Vaccination North-Western Provinces and Oudh 1878-1895 - 1878-1895
Year: 1878
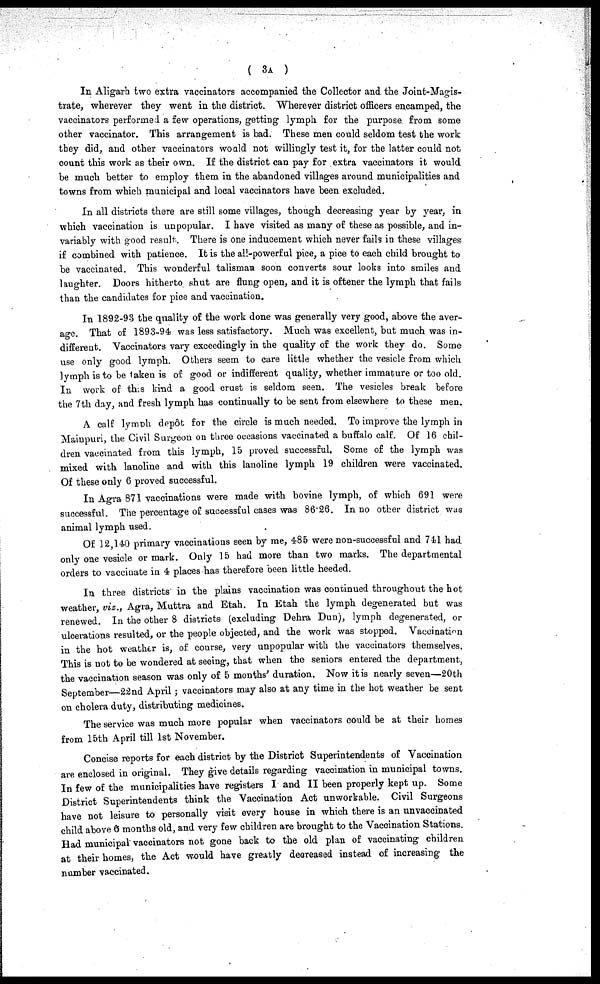
( 3A )
In Aligarh two extra vaccinators accompanied the Collector and the Joint-Magis-
trate, wherever they went in the district. Wherever district officers encamped, the
vaccinators performed a few operations, getting lymph for the purpose from some
other vaccinator. This arrangement is bad. These men could seldom test the work
they did, and other vaccinators would not willingly test it, for the latter could not
count this work as their own. If the district can pay for extra vaccinators it would
be much better to employ them in the abandoned villages around municipalities and
towns from which municipal and local vaccinators have been excluded.
In all districts there are still some villages, though decreasing year by year, in
which vaccination is unpopular. I have visited as many of these as possible, and in-
variably with good result. There is one inducement which never fails in these villages
if combined with patience. It is the all-powerful pice, a pice to each child brought to
be vaccinated. This wonderful talisman soon converts sour looks into smiles and
laughter. Doors hitherto shut are flung open, and it is oftener the lymph that fails
than the candidates for pice and vaccination.
In 1892-93 the quality of the work done was generally very good, above the aver-
age. That of 1893-94) was less satisfactory. Much was excellent, but much was in-
different. Vaccinators vary exceedingly in the quality of the work they do. Some
use only good lymph. Others seem to care little whether the vesicle from which
lymph is to be taken is of good or indifferent quality, whether immature or too old.
In work of this kind a good crust is seldom seen. The vesicles break before
the 7th day, and fresh lymph has continually to be sent from elsewhere to these men.
A calf lymph depôt for the circle is much needed. To improve the lymph in
Mainpuri, the Civil Surgeon on three occasions vaccinated a buffalo calf. Of 16 chil-
dren vaccinated from this lymph, 15 proved successful. Some of the lymph was
mixed with lanoline and with this lanoline lymph 19 children were vaccinated.
Of these only 6 proved successful.
In Agra 871 vaccinations were made with bovine lymph, of which 691 were
successful. The percentage of successful cases was 86.26. In no other district was
animal lymph used.
Of 12,140 primary vaccinations seen by me, 485 were non-successful and 741 had
only one vesicle or mark. Only 15 had more than two marks. The departmental
orders to vaccinate in 4 places has therefore been little heeded.
In three districts in the plains vaccination was continued throughout the hot
weather, viz., Agra, Muttra and Etah. In Etah the lymph degenerated but was
renewed. In the other 8 districts (excluding Dehra Dun), lymph degenerated, or
ulcerations resulted, or the people objected, and the work was stopped. Vaccination
in the hot weather is, of course, very unpopular with the vaccinators themselves.
This is not to be wondered at seeing, that when the seniors entered the department,
the vaccination season was only of 5 months' duration. Now it is nearly seven—20th
September—22nd April; vaccinators may also at any time in the hot weather be sent
on cholera duty, distributing medicines.
The service was much more popular when vaccinators could be at their homes
from 15th April till 1st November.
Concise reports for each district by the District Superintendents of Vaccination
are enclosed in original. They give details regarding vaccination in municipal towns.
In few of the municipalities have registers I and II been properly kept up. Some
District Superintendents think the Vaccination Act unworkable. Civil Surgeons
have not leisure to personally visit every house in which there is an unvaccinated
child above 6 months old, and very few children are brought to the Vaccination Stations.
Had municipal vaccinators not gone back to the old plan of vaccinating children
at their homes, the Act would have greatly decreased instead of increasing the
number vaccinated.